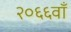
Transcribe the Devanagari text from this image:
२०६६वाँ